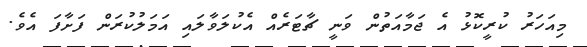
މިއަހަރު ކުރީކޮޅު އެ ޖަމާއަތުން ވަނީ ޗާޓަރެއް އެކުލަވާލައި އަމަލުކުރަން ފަށާފަ އެވެ.